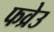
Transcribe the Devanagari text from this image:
फव्रेउ